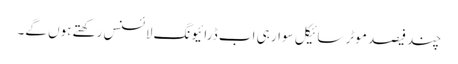
چند فیصد موٹر سائیکل سوار ہی اب ڈرائیونگ لائسنس رکھتے ہوں گے۔